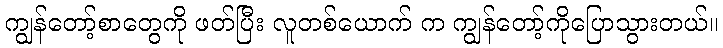
ကျွန်တော့်စာတွေကို ဖတ်ပြီး လူတစ်ယောက် က ကျွန်တော့်ကိုပြောသွားတယ်။